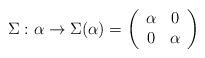
LaTeX: \begin{align*}\Sigma:\alpha \rightarrow \Sigma(\alpha) = \left( \begin{array}{cc} \alpha & 0 \\ 0 & \alpha \end{array} \right)\end{align*}